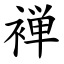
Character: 褝